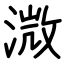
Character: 溦